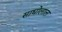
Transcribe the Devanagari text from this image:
साधोलाल